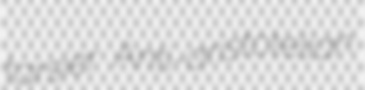
tarsier Anti-aristotelian